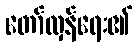
တော်လှန်ရေး၏